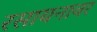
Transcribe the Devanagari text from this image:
रसायनावर